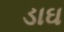
ડાઘ